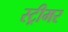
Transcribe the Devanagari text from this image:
स्ट्रीमर